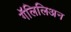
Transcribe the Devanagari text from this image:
गॅलिलिअन